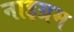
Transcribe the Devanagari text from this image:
नाइग्रम